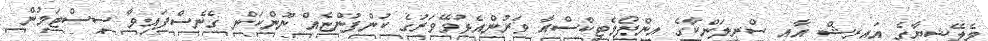
މެލޭޝިޔާގެ އައިރިޝް އާއި ސްރީލަންކާގެ އިންފޯމެޓިކްސްއާ ވަރުންއެޅުވޭވަރުގެ ކުންފުންޏެއް ނޫންކަން ގެނެސްފައިވާ ސިސްޓަމުން